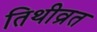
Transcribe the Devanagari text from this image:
तिथीव्रत